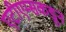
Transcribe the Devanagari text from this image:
एटीएम्सकडून